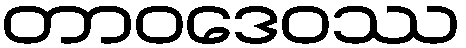
တာဝဒေဝဿ